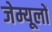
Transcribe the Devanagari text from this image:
जेम्यूलों